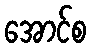
အောင်စ